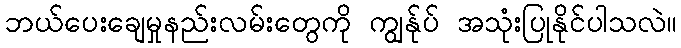
ဘယ်ပေးချေမှုနည်းလမ်းတွေကို ကျွန်ုပ် အသုံးပြုနိုင်ပါသလဲ။